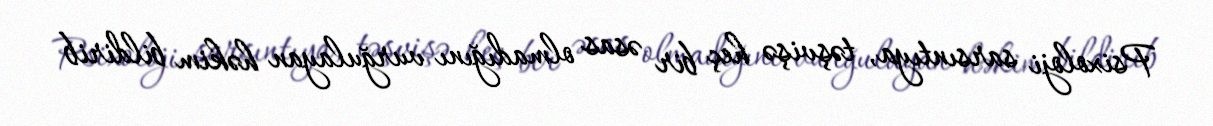
Psixoloji sarsıntıya, təşvişə heç bir əsas olmadığını vurğulayan həkim bildirib